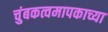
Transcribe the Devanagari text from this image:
चुंबकत्वमापकाच्या